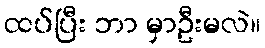
ထပ်ပြီး ဘာ မှာဦးမလဲ။